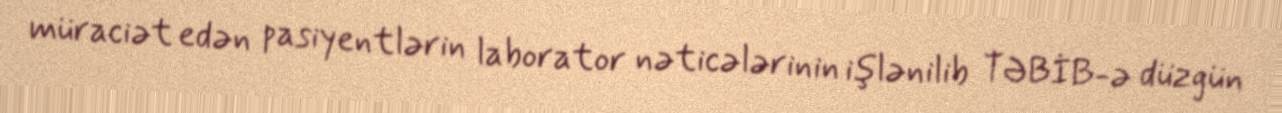
müraciət edən pasiyentlərin laborator nəticələrinin işlənilib TƏBİB-ə düzgün